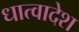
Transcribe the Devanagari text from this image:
धात्वादेश